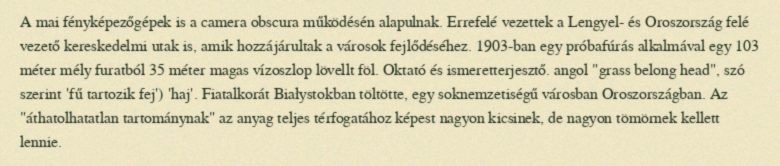
A mai fényképezőgépek is a camera obscura működésén alapulnak. Errefelé vezettek a Lengyel- és Oroszország felé vezető kereskedelmi utak is, amik hozzájárultak a városok fejlődéséhez. 1903-ban egy próbafúrás alkalmával egy 103 méter mély furatból 35 méter magas vízoszlop lövellt föl. Oktató és ismeretterjesztő. angol "grass belong head", szó szerint 'fű tartozik fej') 'haj'. Fiatalkorát Białystokban töltötte, egy soknemzetiségű városban Oroszországban. Az "áthatolhatatlan tartománynak" az anyag teljes térfogatához képest nagyon kicsinek, de nagyon tömörnek kellett lennie.